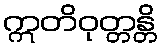
ဣတိဝုတ္တန္တိ